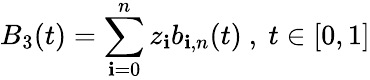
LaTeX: B_{3}(t)=\sum_{\mathbf{i}=0}^{n}z_{\mathbf{i}}b_{\mathbf{i},n}(t){\mathrm{{~,~}}}t\in[0,1]